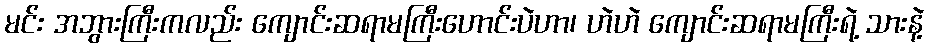
မင်း အဘွားကြီးကလည်း ကျောင်းဆရာမကြီးဟောင်းပဲဟာ၊ ဟဲဟဲ ကျောင်းဆရာမကြီးရဲ့ သားနဲ့